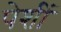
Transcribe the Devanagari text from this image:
पेशीं